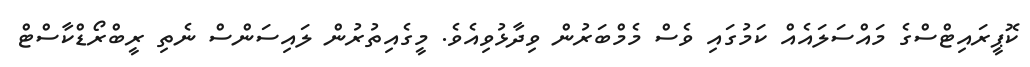
ކޮޕީރައިޓްސްގެ މައްސަލައެއް ކަމުގައި ވެސް މެމްބަރުން ވިދާޅުވިއެވެ. މީގެއިތުރުން ލައިސަންސް ނެތި ރީބްރޯޑްކާސްޓް